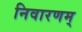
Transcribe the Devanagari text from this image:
निवारणम्